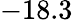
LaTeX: -18.3